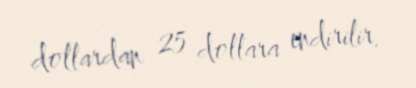
dollardan 25 dollara endirilir.